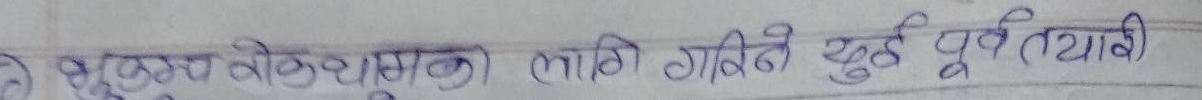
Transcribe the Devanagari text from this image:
शुभकामनाको लागि गरिने युद्द पुर्वतयारी